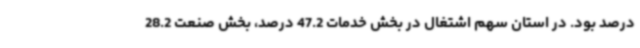
درصد بود. در استان سهم اشتغال در بخش خدمات 47.2 درصد، بخش صنعت 28.2